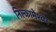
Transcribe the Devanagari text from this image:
निल्कामेश्वर